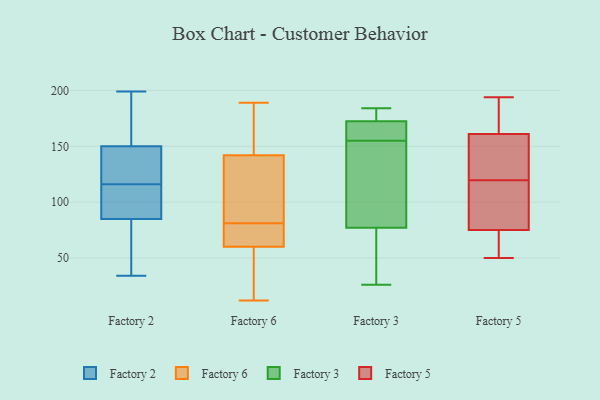
{"axis": {"x": "Customer Acquisition Cost (USD)", "y": "Value"}, "legend": ["Factory 2", "Factory 3", "Factory 5", "Factory 6"], "data": [{"x": "", "y": 107, "type": "Factory 2"}, {"x": "", "y": 199, "type": "Factory 2"}, {"x": "", "y": 106, "type": "Factory 2"}, {"x": "", "y": 181, "type": "Factory 2"}, {"x": "", "y": 89, "type": "Factory 2"}, {"x": "", "y": 39, "type": "Factory 2"}, {"x": "", "y": 189, "type": "Factory 2"}, {"x": "", "y": 121, "type": "Factory 2"}, {"x": "", "y": 52, "type": "Factory 2"}, {"x": "", "y": 189, "type": "Factory 2"}, {"x": "", "y": 131, "type": "Factory 2"}, {"x": "", "y": 85, "type": "Factory 2"}, {"x": "", "y": 124, "type": "Factory 2"}, {"x": "", "y": 72, "type": "Factory 2"}, {"x": "", "y": 150, "type": "Factory 2"}, {"x": "", "y": 119, "type": "Factory 2"}, {"x": "", "y": 34, "type": "Factory 2"}, {"x": "", "y": 113, "type": "Factory 2"}, {"x": "", "y": 103, "type": "Factory 6"}, {"x": "", "y": 57, "type": "Factory 6"}, {"x": "", "y": 79, "type": "Factory 6"}, {"x": "", "y": 189, "type": "Factory 6"}, {"x": "", "y": 165, "type": "Factory 6"}, {"x": "", "y": 63, "type": "Factory 6"}, {"x": "", "y": 12, "type": "Factory 6"}, {"x": "", "y": 60, "type": "Factory 6"}, {"x": "", "y": 66, "type": "Factory 6"}, {"x": "", "y": 22, "type": "Factory 6"}, {"x": "", "y": 165, "type": "Factory 6"}, {"x": "", "y": 83, "type": "Factory 6"}, {"x": "", "y": 99, "type": "Factory 6"}, {"x": "", "y": 142, "type": "Factory 6"}, {"x": "", "y": 160, "type": "Factory 3"}, {"x": "", "y": 54, "type": "Factory 3"}, {"x": "", "y": 124, "type": "Factory 3"}, {"x": "", "y": 113, "type": "Factory 3"}, {"x": "", "y": 174, "type": "Factory 3"}, {"x": "", "y": 26, "type": "Factory 3"}, {"x": "", "y": 155, "type": "Factory 3"}, {"x": "", "y": 168, "type": "Factory 3"}, {"x": "", "y": 184, "type": "Factory 3"}, {"x": "", "y": 174, "type": "Factory 3"}, {"x": "", "y": 65, "type": "Factory 3"}, {"x": "", "y": 50, "type": "Factory 5"}, {"x": "", "y": 62, "type": "Factory 5"}, {"x": "", "y": 111, "type": "Factory 5"}, {"x": "", "y": 194, "type": "Factory 5"}, {"x": "", "y": 184, "type": "Factory 5"}, {"x": "", "y": 161, "type": "Factory 5"}, {"x": "", "y": 182, "type": "Factory 5"}, {"x": "", "y": 75, "type": "Factory 5"}, {"x": "", "y": 130, "type": "Factory 5"}, {"x": "", "y": 128, "type": "Factory 5"}, {"x": "", "y": 93, "type": "Factory 5"}, {"x": "", "y": 58, "type": "Factory 5"}, {"x": "", "y": 150, "type": "Factory 5"}, {"x": "", "y": 106, "type": "Factory 5"}]}